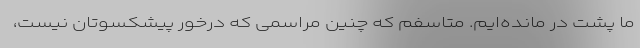
ما پشت در مانده‌ایم. متاسفم که چنین مراسمی که درخور پیشکسوتان نیست،